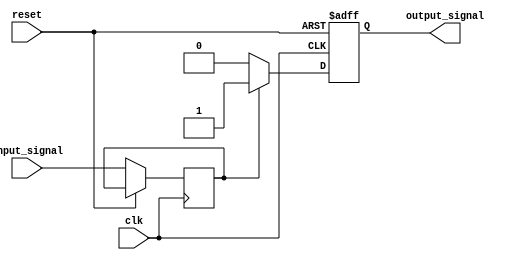
module Schmitt_trigger_inverter(
    input wire clk,
    input wire reset,
    input wire input_signal,
    output reg output_signal
);

reg reg_input;
reg reg_output;
parameter threshold_high = 1'b1; // Threshold high level
parameter threshold_low = 1'b0; // Threshold low level

always @(posedge clk or posedge reset) begin
    if (reset) begin
        reg_output <= 1'b0;
    end else begin
        reg_input <= input_signal;
        if (reg_output == threshold_high) begin
            if (reg_input == threshold_low)
                reg_output <= 1'b0;
        end else if (reg_output == threshold_low) begin
            if (reg_input == threshold_high)
                reg_output <= 1'b1;
        end
    end
end

assign output_signal = reg_output;

endmodule